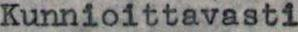
Kunnioittavasti